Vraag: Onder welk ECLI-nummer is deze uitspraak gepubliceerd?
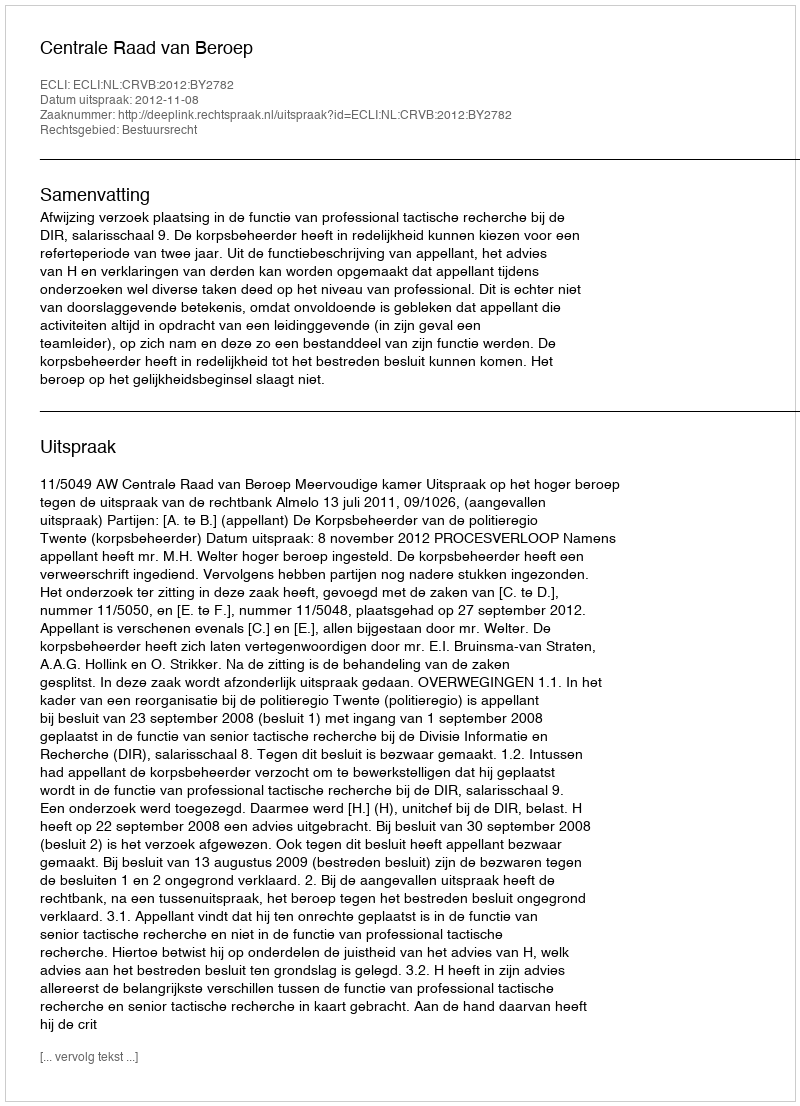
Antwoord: ECLI:NL:CRVB:2012:BY2782